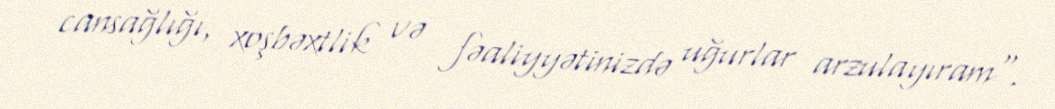
cansağlığı, xoşbəxtlik və fəaliyyətinizdə uğurlar arzulayıram".